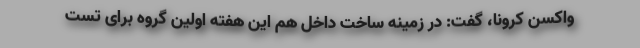
واکسن کرونا، گفت: در زمینه ساخت داخل هم این هفته اولین گروه برای تست